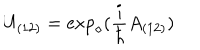
U _ { ( 1 2 ) } = \exp _ { \diamond } ( \frac { i } { \hbar } A _ { ( 1 2 ) } )